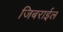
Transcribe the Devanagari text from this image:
जिबराईल